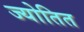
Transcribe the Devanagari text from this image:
ज्योतित